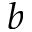
b